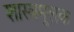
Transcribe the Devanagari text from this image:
शास्त्रमूलक